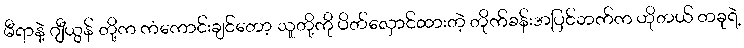
မီရာနဲ့ ဂျီယွန် တို့က ကံကောင်းချင်တော့ သူတို့ကို ပိတ်လှောင်ထားတဲ့ တိုက်ခန်းအပြင်ဘက်က ဟိုတယ် တခုရဲ့